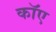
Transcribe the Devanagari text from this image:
काॅए